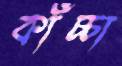
কাঁচ্চা